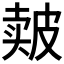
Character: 𰤬